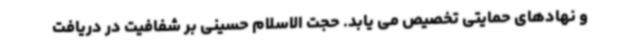
و نهادهای حمایتی تخصیص می یابد. حجت الاسلام حسینی بر شفافیت در دریافت